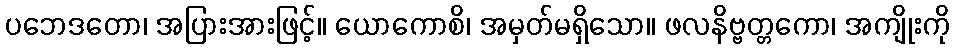
ပဘေဒတော၊ အပြားအားဖြင့်။ ယောကောစိ၊ အမှတ်မရှိသော။ ဖလနိဗ္ဗတ္တကော၊ အကျိုးကို